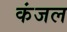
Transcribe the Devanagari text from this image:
कंजल